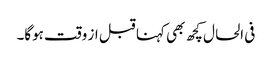
فی الحال کچھ بھی کہنا قبل از وقت ہوگا۔